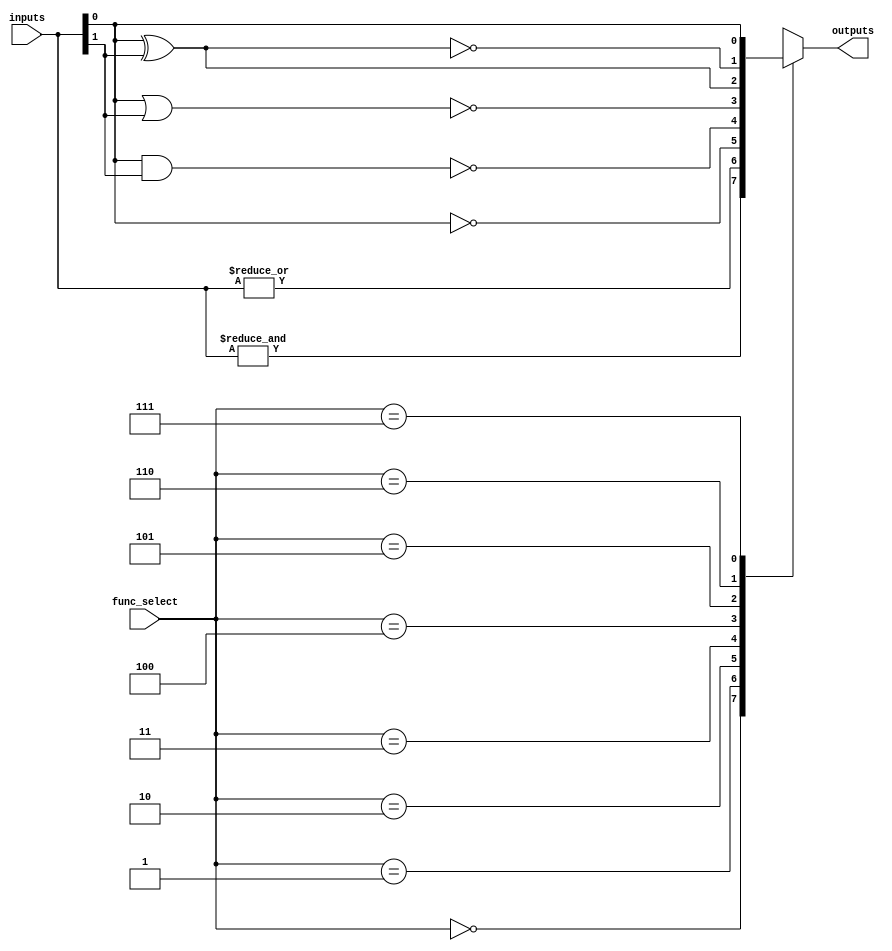
module combinational_logic_block #(
    parameter N = 4, // Number of inputs
    parameter M = 1   // Number of outputs
)(
    input  [N-1:0]  inputs,      // N-bit input vector
    input  [2:0]    func_select,  // Function select lines (3 bits for 8 functions)
    output reg [M-1:0] outputs    // M-bit output vector
);

// Function select encoding
localparam AND_FUNC  = 3'b000;
localparam OR_FUNC   = 3'b001;
localparam NOT_FUNC  = 3'b010;
localparam NAND_FUNC = 3'b011;
localparam NOR_FUNC  = 3'b100;
localparam XOR_FUNC  = 3'b101;
localparam XNOR_FUNC = 3'b110;
localparam BUF_FUNC  = 3'b111; // Buffer function (pass-through)

// Combinational logic implementation
always @(*) begin
    case (func_select)
        AND_FUNC:  outputs = &inputs;                     // AND
        OR_FUNC:   outputs = |inputs;                     // OR
        NOT_FUNC:  outputs = ~inputs[0];                  // NOT (only first input)
        NAND_FUNC: outputs = ~(inputs[0] & inputs[1]);   // NAND (only first two inputs)
        NOR_FUNC:  outputs = ~(inputs[0] | inputs[1]);    // NOR (only first two inputs)
        XOR_FUNC:  outputs = inputs[0] ^ inputs[1];       // XOR (only first two inputs)
        XNOR_FUNC: outputs = ~(inputs[0] ^ inputs[1]);     // XNOR (only first two inputs)
        BUF_FUNC:  outputs = inputs[0];                    // Buffer (pass-through first input)
        default:   outputs = {M{1'b0}};                     // Default case
    endcase
end

endmodule